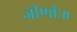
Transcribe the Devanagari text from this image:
जीर्णाः॥